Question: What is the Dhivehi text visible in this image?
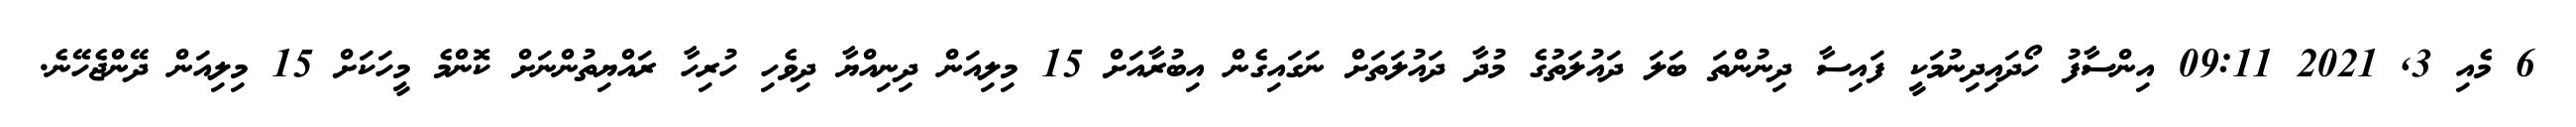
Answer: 6 މެއި 3, 2021 09:11 އިންސާފު ހޯދައިދިނުމަކީ ފައިސާ ދިނުންތަ ބަލަ ދައުލަތުގެ މުދާ ދައުލަތަށް ނަގައިގެން އިބުރާއަށް 15 މިލިއަން ދިނިއްޔާ ދިވެހި ހުރިހާ ރައްޔިތުންނަށް ކޮންމެ މީހަކަށް 15 މިލިއަން ދޭންޖެހޭނެ.